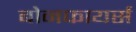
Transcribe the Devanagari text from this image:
बोनफायर्स